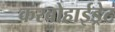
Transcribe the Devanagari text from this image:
करबोहाईड्रेट